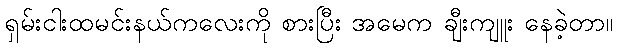
ရှမ်းငါးထမင်းနယ်ကလေးကို စားပြီး အမေက ချီးကျူး နေခဲ့တာ။